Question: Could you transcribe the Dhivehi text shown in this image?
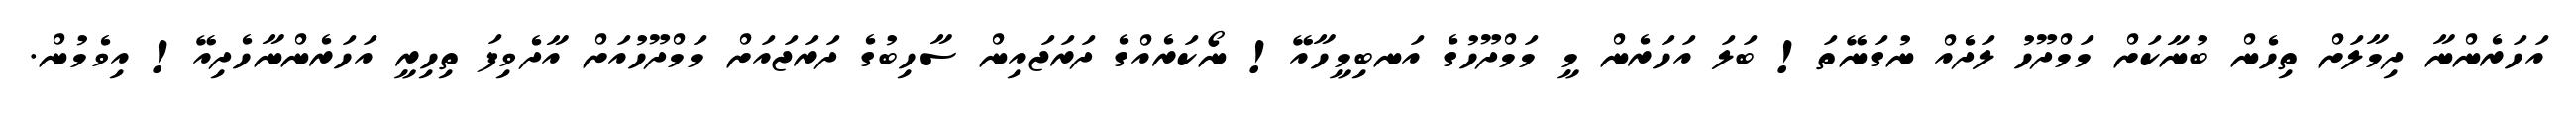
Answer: އަހަރެންނާ ދިމާލަށް ތިހެން ބުނާކަށް މަމްދޫހު ލަދެއް ނުގަނޭތަ! ބަލަ އަހަރެން މީ މަމްދޫހުގެ އަނބިމީހާއޭ! ނޯކަރެއްގެ ދަރަޖައިން ސާހިބުގެ ދަރަޖައަށް މަމްދޫހުއަށް އާދެވިފަ ތިހިރީ އަހަރެންނާހެދިއޭ! އިވެމުން.